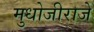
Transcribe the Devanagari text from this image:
मुधोजीराजे